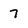
Character: 7